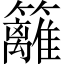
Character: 籬